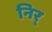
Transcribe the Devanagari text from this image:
निर्